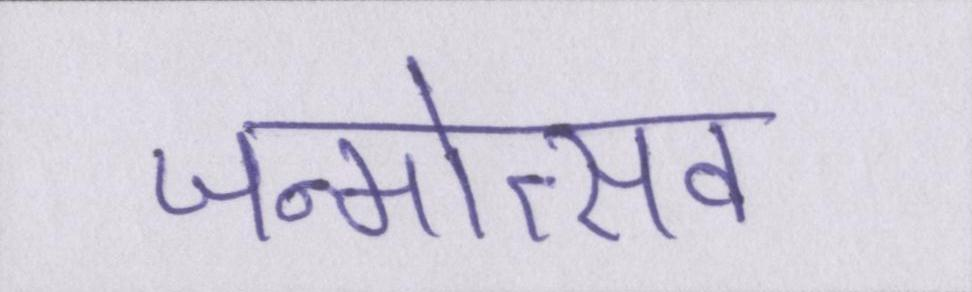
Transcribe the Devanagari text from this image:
जन्मोत्सव